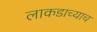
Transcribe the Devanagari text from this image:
लाकडाच्याच